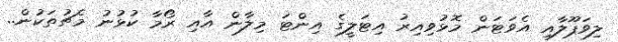
ލިވަޕޫލާއި އެވަޓަން މޮޅުވިއިރު އިޓަލީގެ އިންޓަ މިލާން އާއި ރޯމާ ކުޅުނު މެޗުތަކުން..